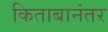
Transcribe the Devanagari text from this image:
किताबानंतर